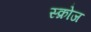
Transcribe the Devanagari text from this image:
स्क्रोज